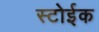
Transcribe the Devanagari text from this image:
स्टोईक